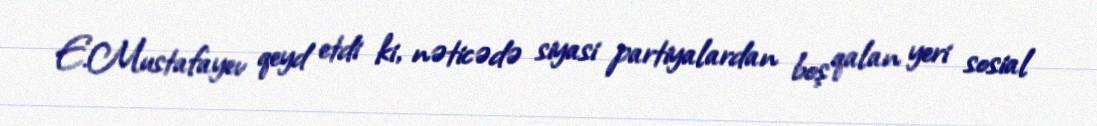
E.Mustafayev qeyd etdi ki, nəticədə siyasi partiyalardan boş qalan yeri sosial